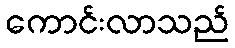
ကောင်းလာသည်